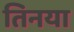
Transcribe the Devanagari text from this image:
तिनया